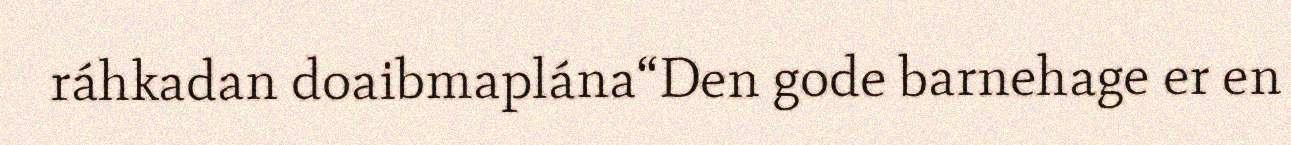
ráhkadan doaibmaplána“Den gode barnehage er en